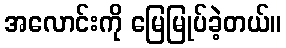
အလောင်းကို မြေမြုပ်ခဲ့တယ်။